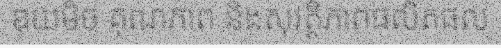
ឌុយមិច គុណភាព និងសុវត្ថិភាពផលិតផល